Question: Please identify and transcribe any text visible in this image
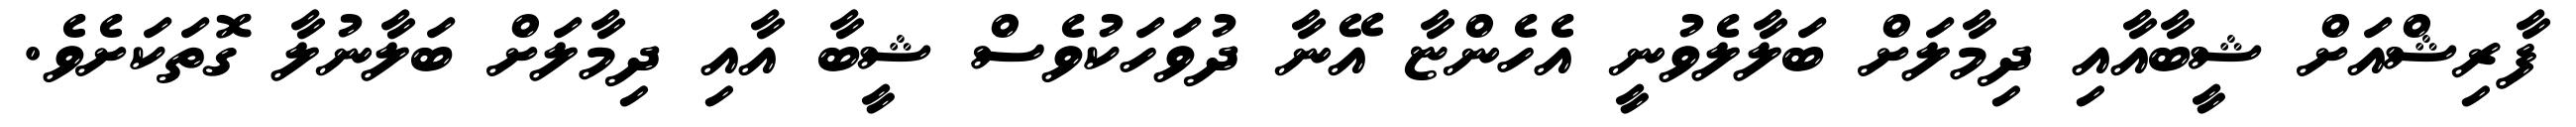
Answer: ފާރިޝްއަށް ޝީބާއާއި ދިމާލަށް ބަލާލެވުނީ އެހެންޏާ އޭނާ ދުވަހަކުވެސް ޝީބާ އާއި ދިމާލަށް ބަލާނުލާ ގޮތަކަށެވެ.